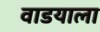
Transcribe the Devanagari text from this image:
वाडयाला